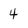
Character: 4